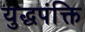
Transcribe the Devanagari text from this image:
युद्धपंक्ति